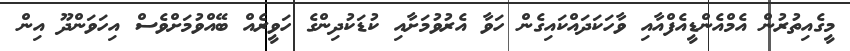
މީގެއިތުރުން އެމްއެންޑީއެފްއާއި ވާހަކަދައްކައިގެން ހަވާ އެރުވުމަށާއި ކުޑަކުދިންގެ ހަވީރެއް ބޭއްވުމަށްވެސް އިހަވަންދޫ އިން